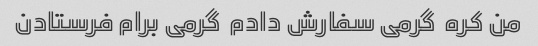
من کره  گرمی سفارش دادم  گرمی برام فرستادن